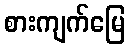
စားကျက်မြေ